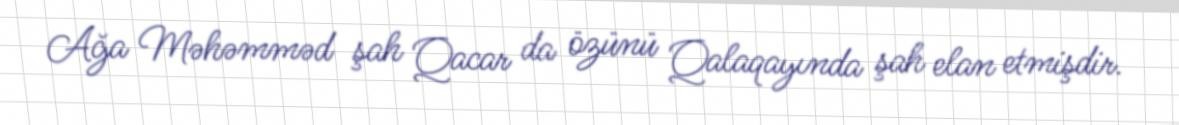
Ağa Məhəmməd şah Qacar da özünü Qalaqayında şah elan etmişdir.